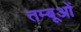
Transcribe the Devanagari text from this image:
तम्बूओं